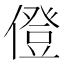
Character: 僜